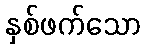
နှစ်ဖက်သော